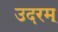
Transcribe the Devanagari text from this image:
उदरम्